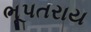
ભૂપતરાય